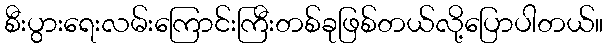
စီးပွားရေးလမ်းကြောင်းကြီးတစ်ခုဖြစ်တယ်လို့ပြောပါတယ်။